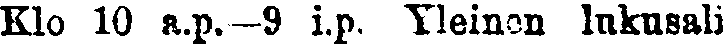
Klo 10 a.p.—9 i.p. Yleinen lukusali